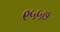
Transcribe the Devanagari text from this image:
९५५७